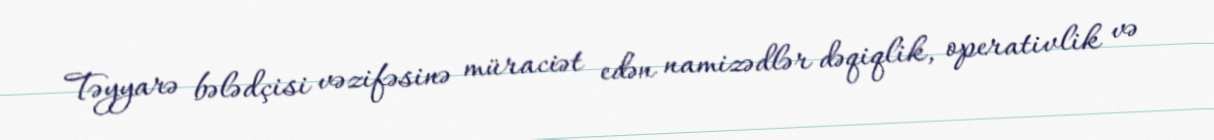
Təyyarə bələdçisi vəzifəsinə müraciət edən namizədlər dəqiqlik, operativlik və